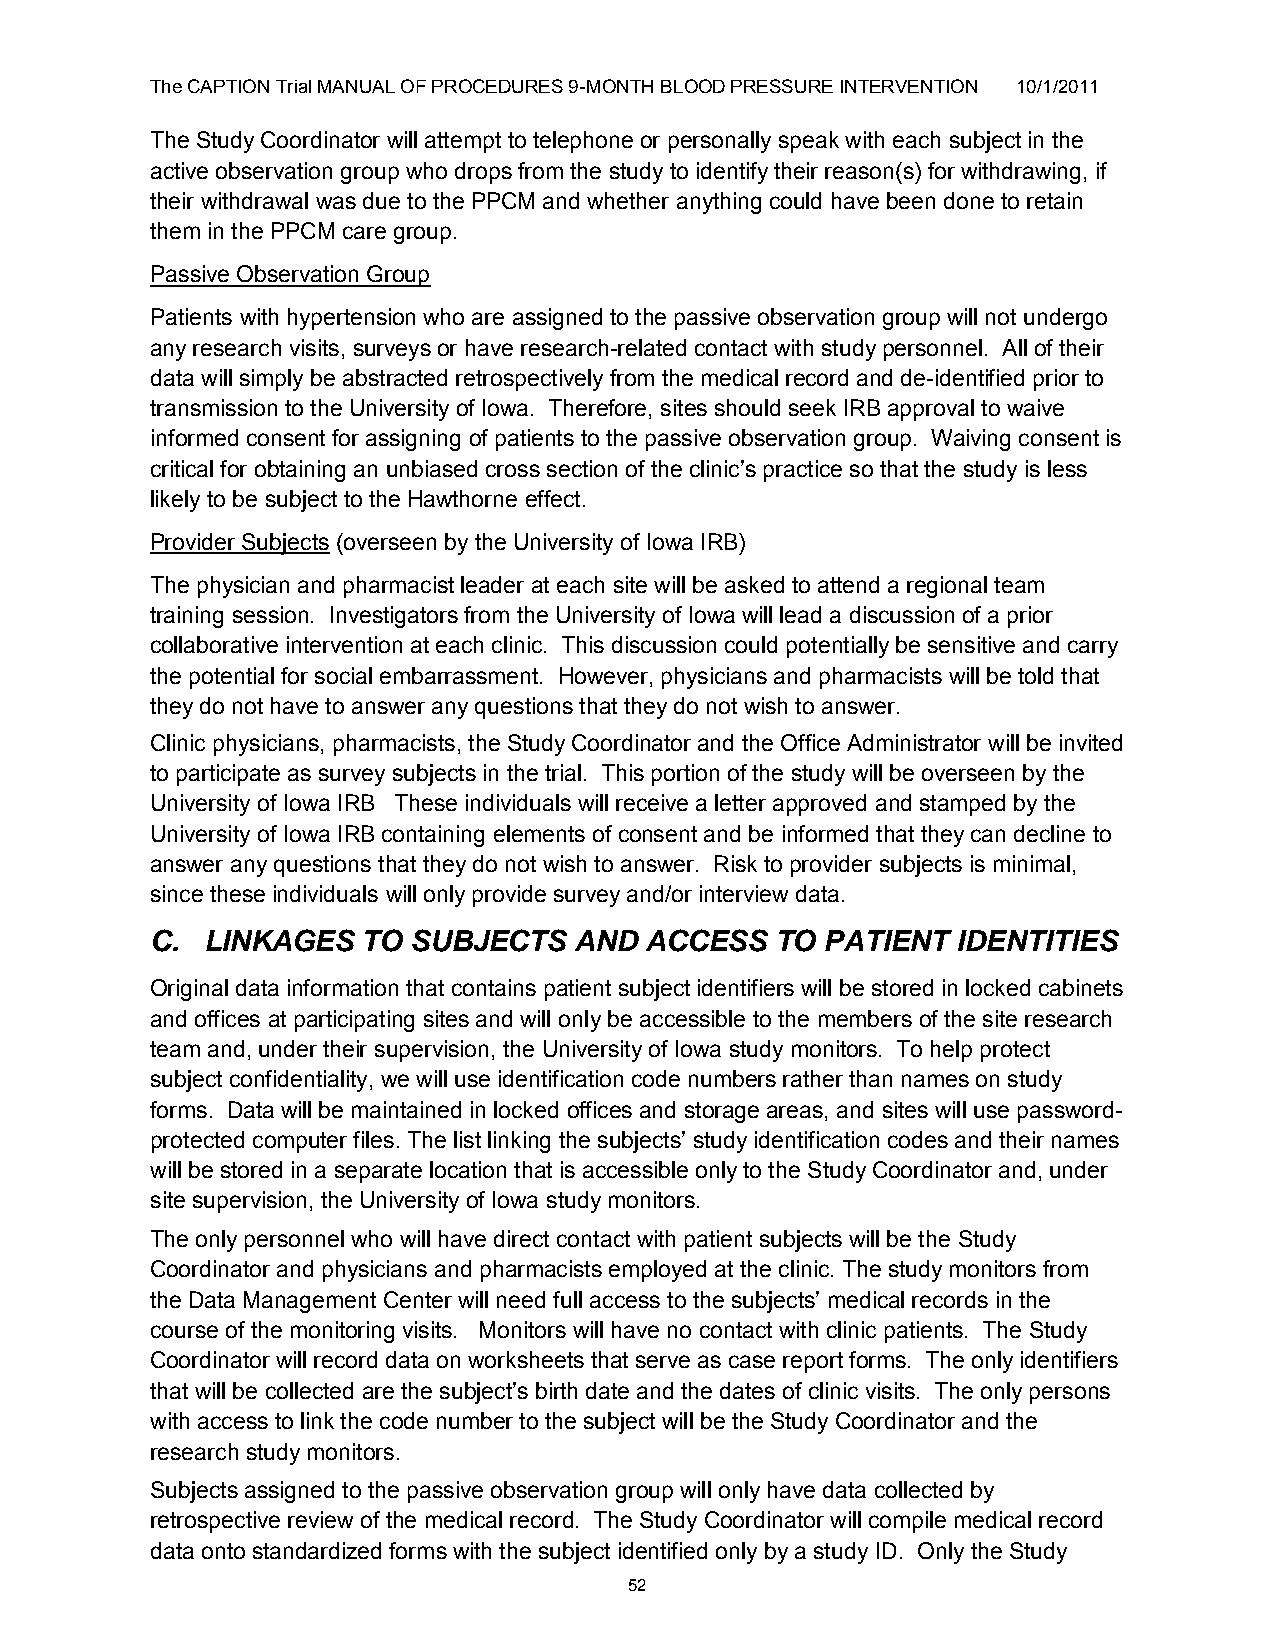
The CAPTION Trial MANUAL OF PROCEDURES 9-MONTH BLOOD PRESSURE INTERVENTION 10/1/2011
 The Study Coordinator will attempt to telephone or personally speak with each subject in the
 active observation group who drops from the study to identify their reason(s) for withdrawing, if
 their withdrawal was due to the PPCM and whether anything could have been done to retain
 them in the PPCM care group.
 Passive Observation Group
 Patients with hypertension who are assigned to the passive observation group will not undergo
 any research visits, surveys or have research-related contact with study personnel. All of their
 data will simply be abstracted retrospectively from the medical record and de-identified prior to
 transmission to the University of Iowa. Therefore, sites should seek IRB approval to waive
 informed consent for assigning of patients to the passive observation group. Waiving consent is
 critical for obtaining an unbiased cross section of the clinic‟s practice so that the study is less
 likely to be subject to the Hawthorne effect.
 Provider Subjects (overseen by the University of Iowa IRB)
 The physician and pharmacist leader at each site will be asked to attend a regional team
 training session. Investigators from the University of Iowa will lead a discussion of a prior
 collaborative intervention at each clinic. This discussion could potentially be sensitive and carry
 the potential for social embarrassment. However, physicians and pharmacists will be told that
 they do not have to answer any questions that they do not wish to answer.
 Clinic physicians, pharmacists, the Study Coordinator and the Office Administrator will be invited
 to participate as survey subjects in the trial. This portion of the study will be overseen by the
 University of Iowa IRB These individuals will receive a letter approved and stamped by the
 University of Iowa IRB containing elements of consent and be informed that they can decline to
 answer any questions that they do not wish to answer. Risk to provider subjects is minimal,
 since these individuals will only provide survey and/or interview data.
 C. LINKAGES   TO SUBJECTS   AND  ACCESS  TO  PATIENT IDENTITIES
 Original data information that contains patient subject identifiers will be stored in locked cabinets
 and offices at participating sites and will only be accessible to the members of the site research
 team and, under their supervision, the University of Iowa study monitors. To help protect
 subject confidentiality, we will use identification code numbers rather than names on study
 forms. Data will be maintained in locked offices and storage areas, and sites will use password-
 protected computer files. The list linking the subjects‟ study identification codes and their names
 will be stored in a separate location that is accessible only to the Study Coordinator and, under
 site supervision, the University of Iowa study monitors.
 The only personnel who will have direct contact with patient subjects will be the Study
 Coordinator and physicians and pharmacists employed at the clinic. The study monitors from
 the Data Management Center will need full access to the subjects‟ medical records in the
 course of the monitoring visits. Monitors will have no contact with clinic patients. The Study
 Coordinator will record data on worksheets that serve as case report forms. The only identifiers
 that will be collected are the subject‟s birth date and the dates of clinic visits. The only persons
 with access to link the code number to the subject will be the Study Coordinator and the
 research study monitors.
 Subjects assigned to the passive observation group will only have data collected by
 retrospective review of the medical record. The Study Coordinator will compile medical record
 data onto standardized forms with the subject identified only by a study ID. Only the Study
 52